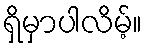
ရှိမှာပါလိမ့်။